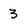
Character: 3